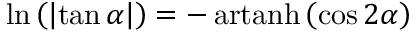
\ln \left( \left| \tan \alpha \right| \right) = - \operatorname { a r t a n h } \left( \cos 2 \alpha \right)